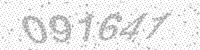
Solution: 091641